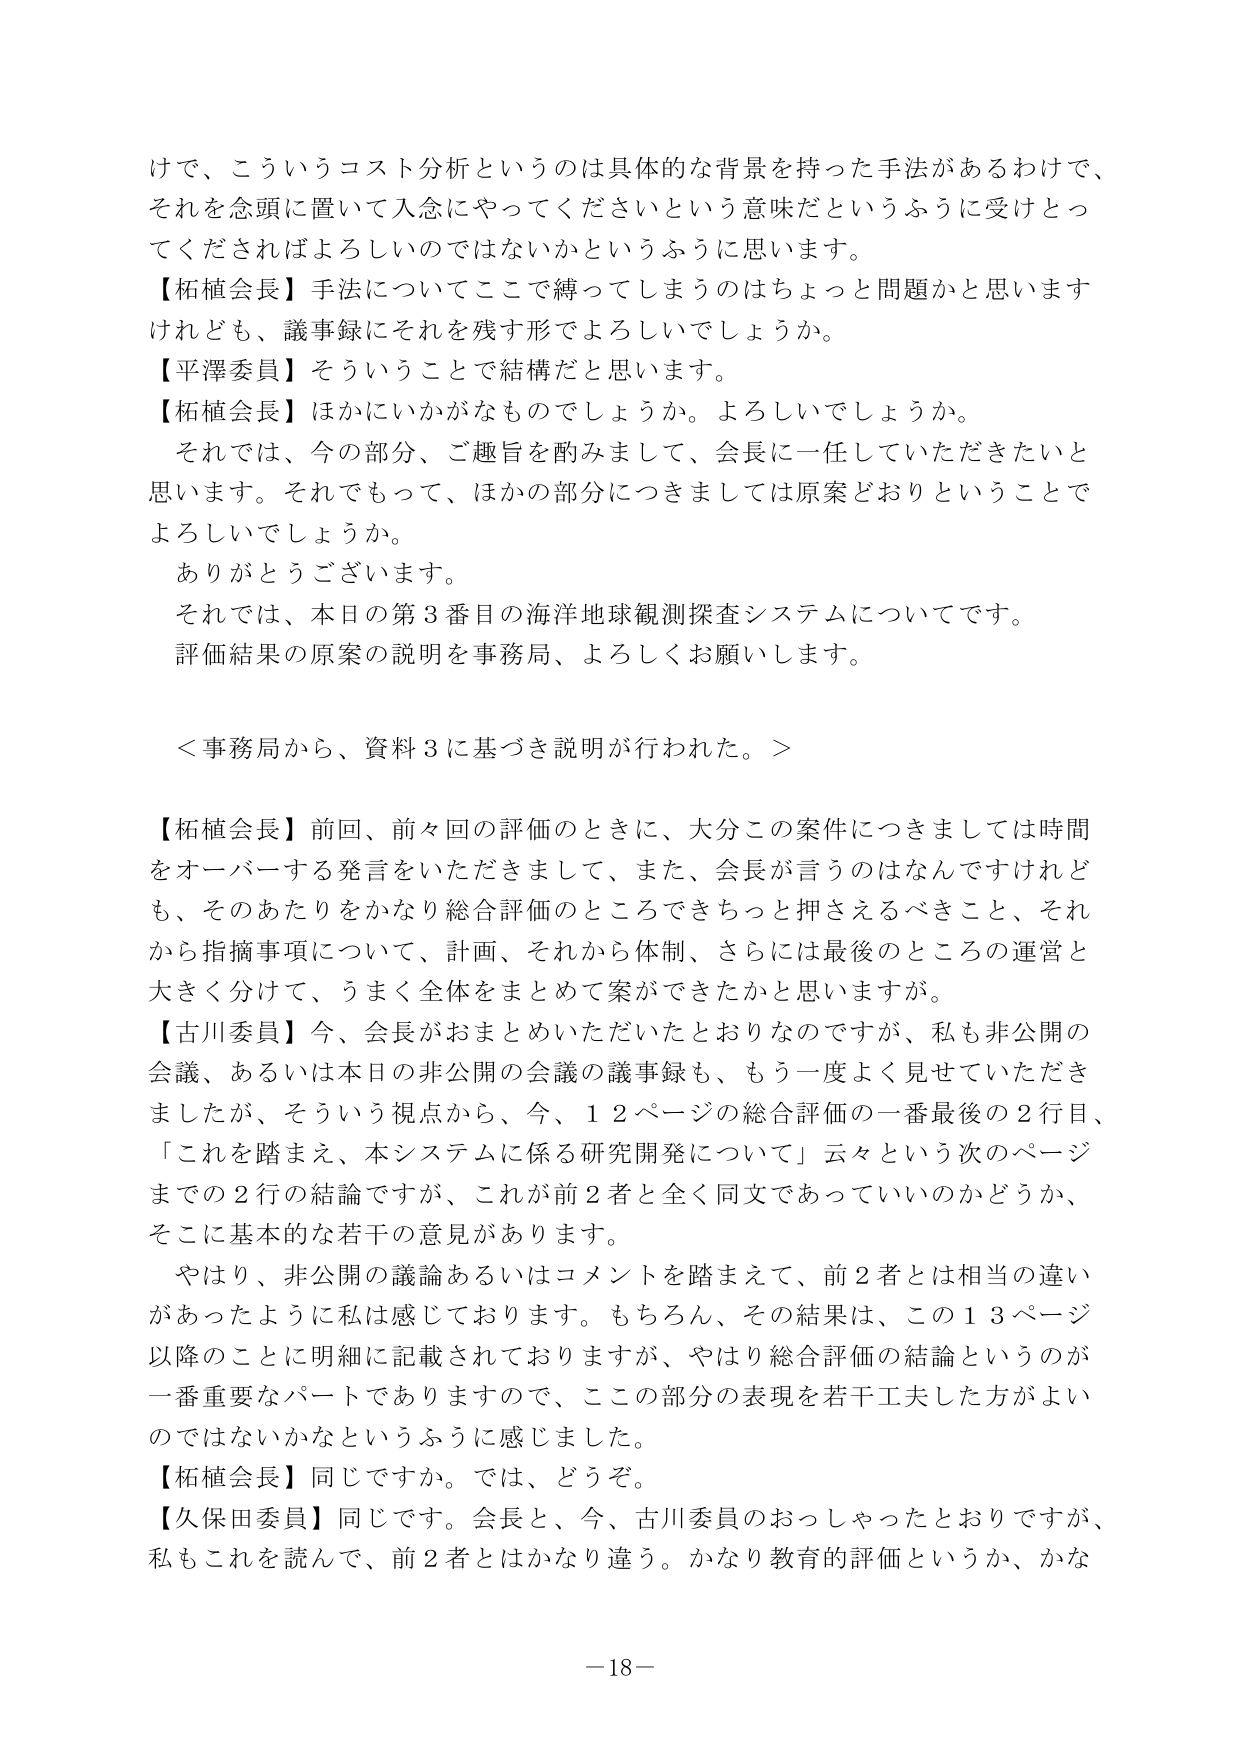
けで、こういうコスト分析というのは具体的な背景を持った手法があるわけで、
それを念頭に置いて入念にやってくださいという意味だというふうに受けとって
くださいればよろしいのではないかというふうに思います。
【柘植会長】手法についてここで縛ってしまうのはちょっと問題かと思います
けれども、議事録にそれを残す形でよろしいでしょうか。
【平澤委員】そういうことで結構だと思います。
【柘植会長】ほかにいかがなものでしょうか。よろしいでしょうか。
　それでは、今の部分、ご趣旨を酌みまして、会長に一任していただきたいと
思います。それでもって、ほかの部分につきましては原案どおりということで
よろしいでしょうか。
　ありがとうございます。
　それでは、本日の第３番目の海洋地球観測探査システムについてです。
　評価結果の原案の説明を事務局、よろしくお願いします。

＜事務局から、資料３に基づき説明が行われた。＞

【柘植会長】前回、前々回の評価のときに、大分この案件につきましては時間
をオーバーする発言をいただきまして、また、会長が言うのはなんですけれど
も、そのあたりをかなり総合評価のところできちっと押さえるべきこと、それ
から指摘事項について、計画、それから体制、さらには最後のところの運営と
大きく分けて、うまく全体をまとめて案ができたかと思いますが。
【古川委員】今、会長がおまとめいただいたとおりなのですが、私も非公開の
会議、あるいは本日の非公開の会議の議事録も、もう一度よく見せていただき
ましたが、そういう視点から、今、１２ページの総合評価の一番最後の２行目、
「これを踏まえ、本システムに係る研究開発について」云々という次のページ
までの２行の結論ですが、これが前２者と全く同文であっていいのかどうか、
そこに基本的な若干の意見があります。
　やはり、非公開の議論あるいはコメントを踏まえて、前２者とは相当の違い
があったように私は感じております。もちろん、その結果は、この１３ページ
以降のことに明細に記載されておりますが、やはり総合評価の結論というのが
一番重要なパートでありますので、ここの部分の表現を若干工夫した方がよい
のではないかなというふうに感じました。
【柘植会長】同じですか。では、どうぞ。
【久保田委員】同じです。会長と、今、古川委員のおっしゃったとおりですが、
私もこれを読んで、前２者とはかなり違う。かなり教育的評価というか、かな

－18－